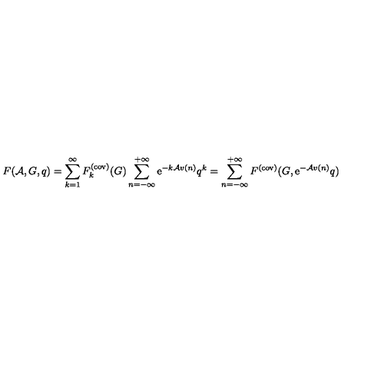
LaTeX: F ( { \cal A } , G , q ) = \sum _ { k = 1 } ^ { \infty } F _ { k } ^ { ( \mathrm { c o v ) } } ( G ) \sum _ { n = - \infty } ^ { + \infty } \mathrm { e } ^ { - k { \cal A } v ( n ) } q ^ { k } = \sum _ { n = - \infty } ^ { + \infty } F ^ { ( \mathrm { c o v ) } } ( G , \mathrm { e } ^ { - { \cal A } v ( n ) } q )